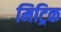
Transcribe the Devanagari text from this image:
मिट्रिक